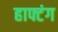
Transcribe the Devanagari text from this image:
हाफ्टंग